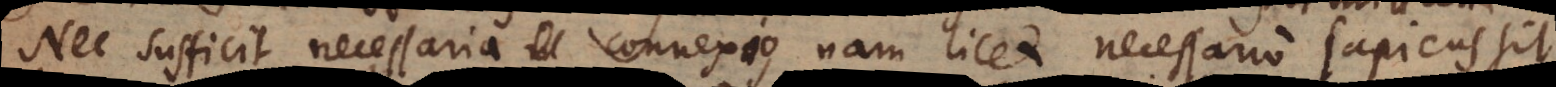
Nec sufficit necessaria connexio, nam licet necessario sapiens sit